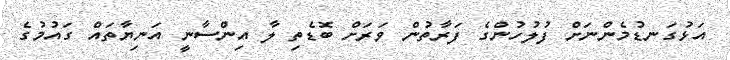
އަޅުގަނޑުމެންނަށް ފުލުހުންގެ ފަރާތުން ވަރަށް ބޮޑެތި ލާ އިންސާނީ އަނިޔާތައް ގައުމުގެ